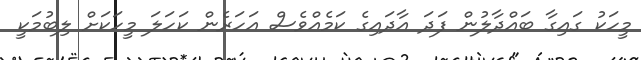
މީހަކު ގައިގާ ބައްދާލުން ފަދަ އާދައިގެ ކަމެއްވެސް އަހަރެން ކަހަލަ މީހަކަށް ލިބުމަކީ